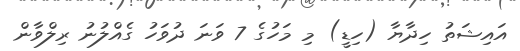
އައިޝަތު ހިދާޔާ (ހިޑީ) މި މަހުގެ 7 ވަނަ ދުވަހު ގެއްލުނު ރިލްވާން